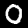
Label: 0